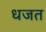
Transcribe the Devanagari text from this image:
धजत